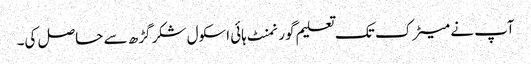
آپ نے میٹرک تک تعلیم گورنمنٹ ہائی اسکول شکر گڑھ سے حاصل کی۔